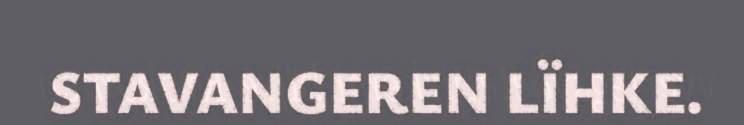
STAVANGEREN LÏHKE.